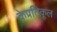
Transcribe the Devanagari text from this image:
केप्रतिकूल